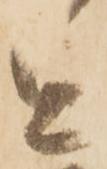
を